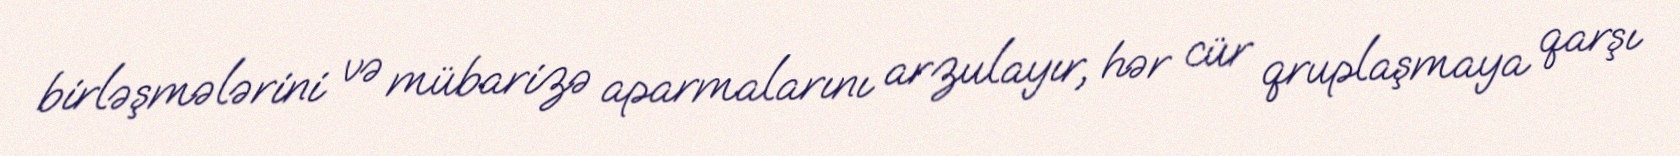
birləşmələrini və mübarizə aparmalarını arzulayır, hər cür qruplaşmaya qarşı